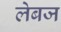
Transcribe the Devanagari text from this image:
लेबज